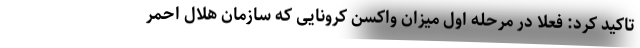
تاکید کرد: فعلا در مرحله اول میزان واکسن کرونایی که سازمان هلال احمر